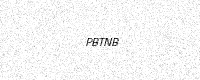
Text: PBTNB